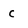
Character: C